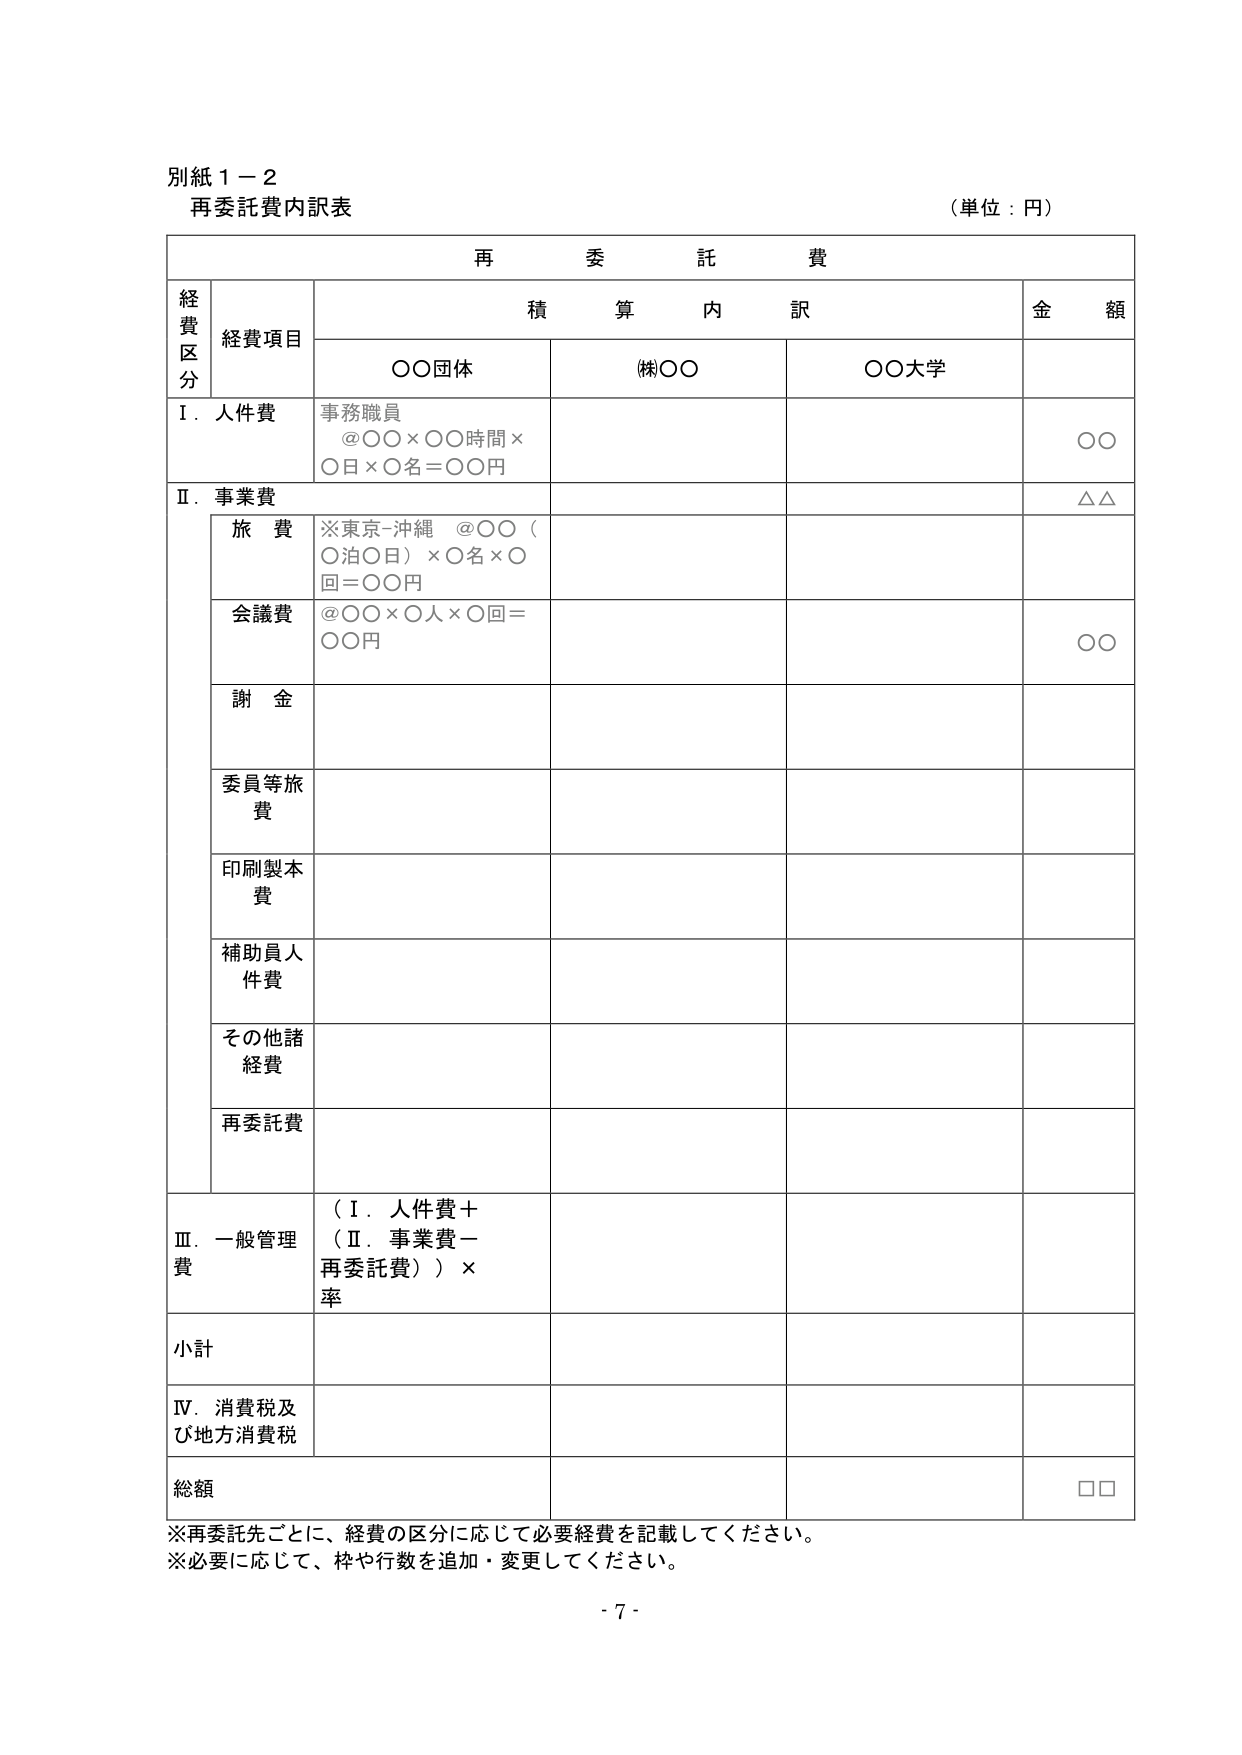
別紙１－２
再委託費内訳表
（単位：円）

再 委 託 費
経費区分 経費項目 積算内訳 金額
　　〇〇団体 （株）〇〇 〇〇大学

Ⅰ．人件費 事務職員
　　＠〇〇×〇〇時間×〇日×〇名＝〇〇円 〇〇

Ⅱ．事業費
　　旅費 ※東京-沖縄 ＠〇〇（〇泊〇日）×〇名×〇回＝〇〇円 △△
　　会議費 ＠〇〇×〇人×〇回＝〇〇円 〇〇
　　謝金
　　委員等旅費
　　印刷製本費
　　補助員人件費
　　その他諸経費
　　再委託費

Ⅲ．一般管理費 （Ⅰ．人件費＋（Ⅱ．事業費－再委託費））×率

小計

Ⅳ．消費税及び地方消費税

総額 □□

※再委託先ごとに、経費の区分に応じて必要経費を記載してください。
※必要に応じて、枠や行数を追加・変更してください。

- 7 -